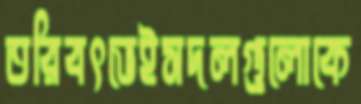
তরিবৎভেইসদলগুলোকে